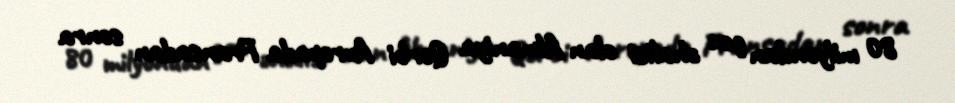
80 milyondan çox əhalisi olan Almaniya Qərbi Avropada Fransadan sonra